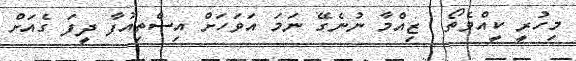
މިހުރީ ކީއްވެތޯ  ޒިއްމާ ނުނެގޭ ނަމަ އަވަހަށް އިސްތިއުފާ ދީފަ ގެއަށް